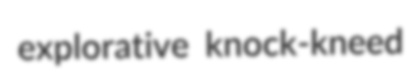
explorative knock-kneed